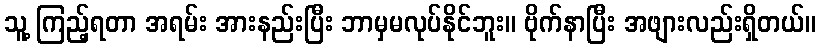
သူ့ ကြည့်ရတာ အရမ်း အားနည်းပြီး ဘာမှမလုပ်နိုင်ဘူး။ ဗိုက်နာပြီး အဖျားလည်းရှိတယ်။